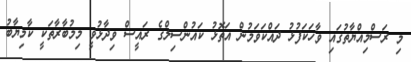
މި ރަސްމިއްޔާތުގައި ވާހަކަފުޅު ދައްކަވަމުން އަތޮޅު ކައުންސިލްގެ ރައީސް ވިދާޅުވީ މިމުބާރާތަކީ ކާމިޔާބު